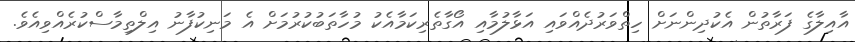
އާއިލާގެ ފަރާތުން އެކުދިންނަށް ހިތްވަރުދެއްވައި އަޅާލުމާއި އޯގާތެރިކަމާއެކު މުހާތަބުކުރުމަށް އެ މަނިކުފާނު އިލްތިމާސްކުރެއްވިއެވެ.